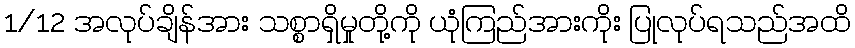
1/12 အလုပ်ချိန်အား သစ္စာရှိမှုတို့ကို ယုံကြည်အားကိုး ပြုလုပ်ရသည်အထိ